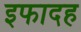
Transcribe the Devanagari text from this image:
इफादह